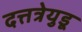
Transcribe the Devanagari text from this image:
दत्तत्रेयुडू